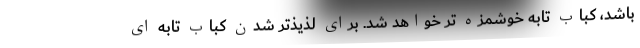
باشد، کباب تابه خوشمزه تر خواهد شد. برای لذیذتر شدن کباب تابه ای